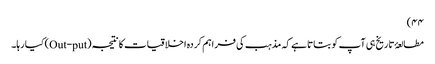
۴۴)
مطالعۂ تاریخ ہی آپ کو بتاتا ہے کہ مذہب کی فراہم کردہ اخلاقیات کا نتیجہ (Out-put) کیا رہا۔